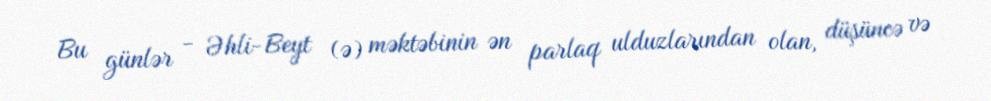
Bu günlər - Əhli-Beyt (ə) məktəbinin ən parlaq ulduzlarından olan, düşüncə və